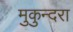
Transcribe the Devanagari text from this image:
मुकुन्दरा